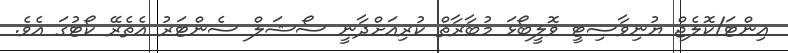
އިންޓަ/ކޮލެޖް ޔުނިވާސިޓީ ވޮލީބޯޅަ މުބާރާތް ކުރިއަށްދާނީ ސޯޝަލް ސެންޓަރު އެތެރޭ ކޯޓުގަ އެވެ.